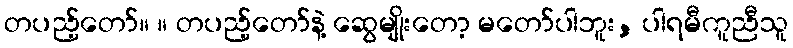
တပည့်တော်။ ။ တပည့်တော်နဲ့ ဆွေမျိုးတော့ မတော်ပါဘူး, ပါရမီကူညီသူ